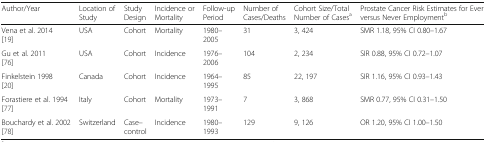
| Author/Year | Location of Study | Study Design | Incidence or Mortality | Follow-up Period | Number of Cases/Deaths | Cohort Size/Total Number of Casesa | Prostate Cancer Risk Estimates for Ever versus Never Employmentb |
 | --- | --- | --- | --- | --- | --- | --- | --- |
 | Vena et al. 2014 [19] | USA | Cohort | Mortality | 1980–2005 | 31 | 3, 424 | SMR 1.18, 95% CI 0.80–1.67 |
 | Gu et al. 2011 [76] | USA | Cohort | Incidence | 1976–2006 | 104 | 2, 234 | SIR 0.88, 95% CI 0.72–1.07 |
 | Finkelstein 1998 [20] | Canada | Cohort | Incidence | 1964–1995 | 85 | 22, 197 | SIR 1.16, 95% CI 0.93–1.43 |
 | Forastiere et al. 1994 [77] | Italy | Cohort | Mortality | 1973–1991 | 7 | 3, 868 | SMR 0.77, 95% CI 0.31–1.50 |
 | Bouchardy et al. 2002 [78] | Switzerland | Case–control | Incidence | 1980–1993 | 129 | 9, 126 | OR 1.20, 95% CI 1.00–1.50 |